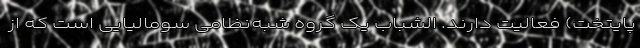
پایتخت) فعالیت دارند. الشباب یک گروه شبه‌نظامی سومالیایی است که از